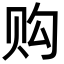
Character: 购